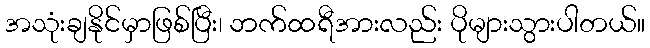
အသုံးချနိုင်မှာဖြစ်ပြီး၊ ဘက်ထရီအားလည်း ပိုများသွားပါတယ်။